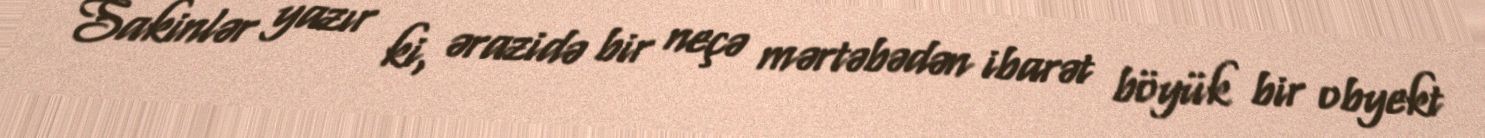
Sakinlər yazır ki, ərazidə bir neçə mərtəbədən ibarət böyük bir obyekt